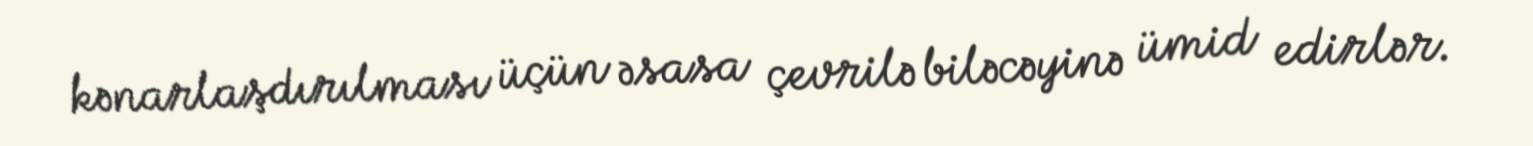
kənarlaşdırılması üçün əsasa çevrilə biləcəyinə ümid edirlər.